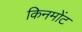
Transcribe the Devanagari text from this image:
किनमोंट